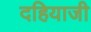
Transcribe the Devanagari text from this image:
दहियाजी